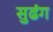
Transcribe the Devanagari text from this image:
सुढंग